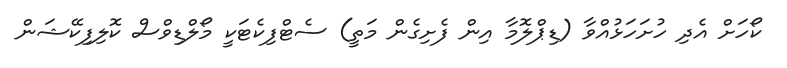
ކޯހަށް އެދި ހުށަހަޅުއްވާ (ޑިޕްލޮމާ އިން ފެށިގެން މަތީ) ސެޓްފިކެޓަކީ މޯލްޑިވްސް ކޮލިފިކޭޝަން